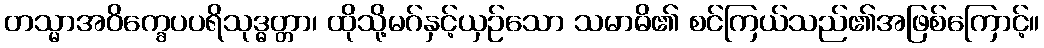
တသ္မာအဝိက္ခေပပရိသုဒ္ဓတ္တာ၊ ထိုသို့မဂ်နှင့်ယှဉ်သော သမာဓိ၏ စင်ကြယ်သည်၏အဖြစ်ကြောင့်။